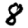
Digit: 8